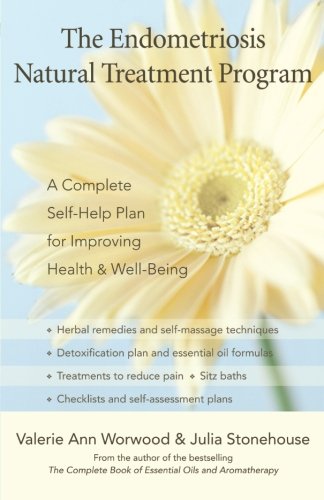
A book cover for The Endometriosis Natural Treatment Program: A Complete Self-Help Plan for Improving Health and Well-Being; Valerie Ann Worwood; Health, Fitness & Dieting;